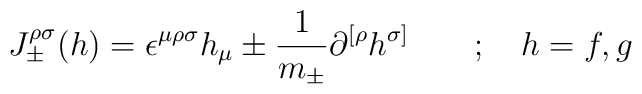
{J}_{\pm}^{\rho \sigma}(h)= \epsilon ^{\mu \rho \sigma}h_{\mu} \pm \frac {1}{m_\pm}\partial ^{[\rho} h^ {\sigma]}\quad\quad ;\quad h=f,g